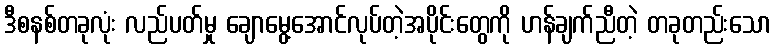
ဒီစနစ်တခုလုံး လည်ပတ်မှု ချောမွေ့အောင်လုပ်တဲ့အပိုင်းတွေကို ဟန်ချက်ညီတဲ့ တခုတည်းသော